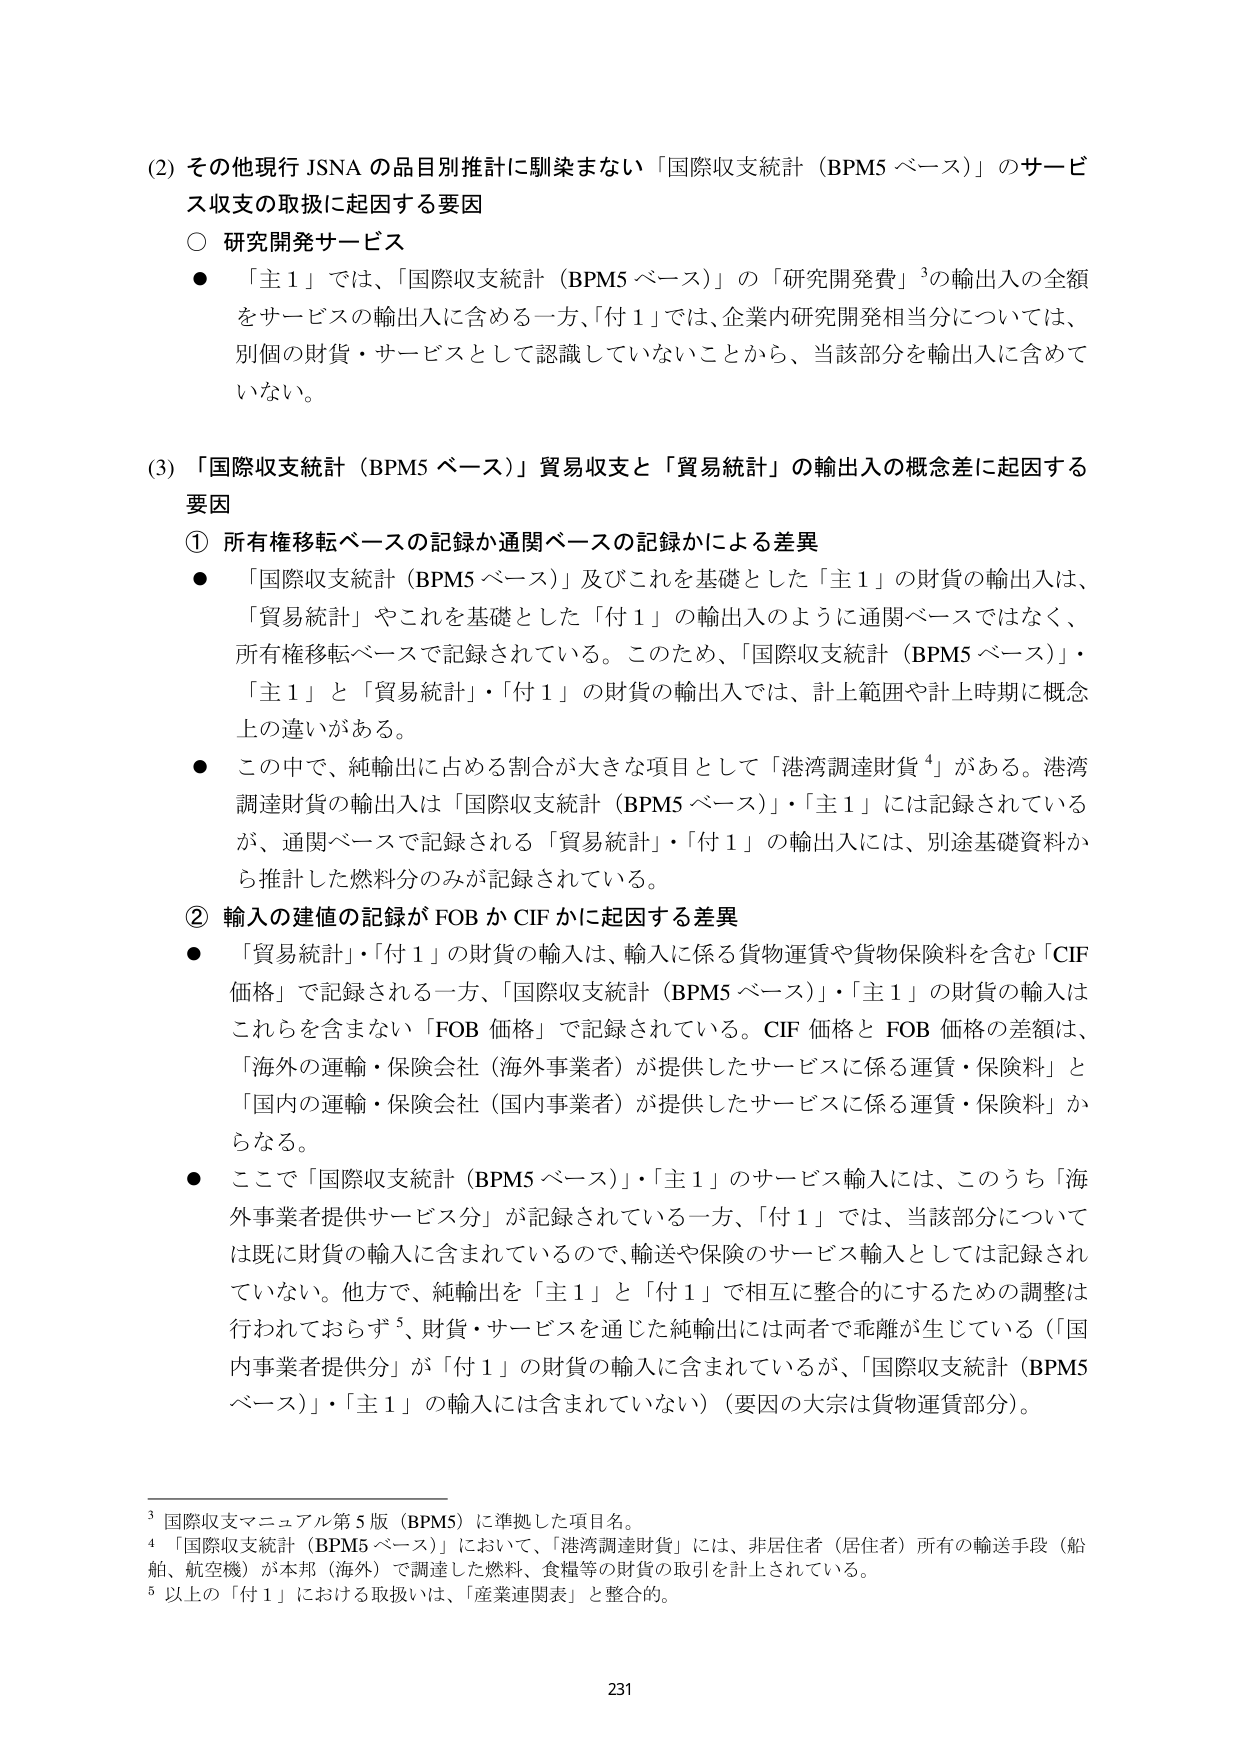
(2) その他現行 JSNA の品目別推計に馴染まない「国際収支統計（BPM5 ベース）」のサービス収支の取扱に起因する要因
○ 研究開発サービス
● 「主１」では、「国際収支統計（BPM5 ベース）」の「研究開発費」³の輸出入の全額をサービスの輸出入に含める一方、「付１」では、企業内研究開発相当分については、別個の財貨・サービスとして認識していないことから、当該部分を輸出入に含めていない。

(3) 「国際収支統計（BPM5 ベース）」貿易収支と「貿易統計」の輸出入の概念差に起因する要因
① 所有権移転ベースの記録か通関ベースの記録かによる差異
● 「国際収支統計（BPM5 ベース）」及びこれを基礎とした「主１」の財貨の輸出入は、「貿易統計」やこれを基礎とした「付１」の輸出入のように通関ベースではなく、所有権移転ベースで記録されている。このため、「国際収支統計（BPM5 ベース）」・「主１」と「貿易統計」・「付１」の財貨の輸出入では、計上範囲や計上時期に概念上の違いがある。
● この中で、純輸出に占める割合が大きな項目として「港湾調達財貨⁴」がある。港湾調達財貨の輸出入は「国際収支統計（BPM5 ベース）」・「主１」には記録されているが、通関ベースで記録される「貿易統計」・「付１」の輸出入には、別途基礎資料から推計した燃料分のみが記録されている。

② 輸入の建値の記録が FOB か CIF かに起因する差異
● 「貿易統計」・「付１」の財貨の輸入は、輸入に係る貨物運賃や貨物保険料を含む「CIF 価格」で記録される一方、「国際収支統計（BPM5 ベース）」・「主１」の財貨の輸入はこれを含まない「FOB 価格」で記録されている。CIF 価格と FOB 価格の差額は、「海外の運輸・保険会社（海外事業者）が提供したサービスに係る運賃・保険料」と「国内の運輸・保険会社（国内事業者）が提供したサービスに係る運賃・保険料」からなる。
● ここで「国際収支統計（BPM5 ベース）」・「主１」のサービス輸入には、このうち「海外事業者提供サービス分」が記録されている一方、「付１」では、当該部分については既に財貨の輸入に含まれているので、輸送や保険のサービス輸入としては記録されていない。他方で、純輸出を「主１」と「付１」で相互に整合的にするための調整は行われておらず⁵、財貨・サービスを通じた純輸出には両者で乖離が生じている（「国内事業者提供分」が「付１」の財貨の輸入に含まれているが、「国際収支統計（BPM5 ベース）」・「主１」の輸入には含まれていない）（要因の大宗は貨物運賃部分）。

³ 国際収支マニュアル第5版（BPM5）に準拠した項目名。
⁴ 「国際収支統計（BPM5 ベース）」において、「港湾調達財貨」には、非居住者（居住者）所有の輸送手段（船舶、航空機）が本邦（海外）で調達した燃料、食糧等の財貨の取引を計上されている。
⁵ 以上の「付１」における取扱いは、「産業連関表」と整合的。

231